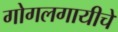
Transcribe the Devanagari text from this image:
गोगलगायीचे